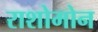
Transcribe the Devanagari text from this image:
राशोमोन